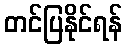
တင်ပြနိုင်ရန်